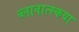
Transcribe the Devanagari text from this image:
ब्लावात्स्कया